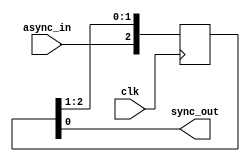
// async.v
//
// register async input
//

module async #(
  parameter              N_DFF = 3        // number of DFF stages
) (
  input                  clk,             // clock signal
  input                  async_in,        // asynchronous input
  output                 sync_out         // synchronized output
);

  reg [N_DFF-1:0] sync = { (N_DFF) { 1'b0 } };  // synchronization register

  always @(posedge clk)
    sync <= { async_in, sync[N_DFF-1:1] };

  assign sync_out = sync[0];

endmodule